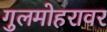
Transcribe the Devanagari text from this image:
गुलमोहरावर